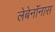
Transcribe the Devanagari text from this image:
लेबेनॉनास